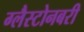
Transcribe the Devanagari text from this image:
ग्लैस्टोनबरी